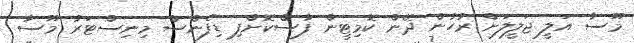
މޫސާ އަލީ ޖަލީލަށް ރުހުން ދޭން ކޮމިޓީން ފާސްކޮށްފި ޑިފެންސް މިނިސްޓަރު މޫސާ